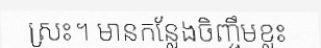
ស្រះ។ មានកន្លែងចិញ្ចឹមខ្លះ